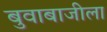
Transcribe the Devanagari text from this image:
बुवाबाजीला